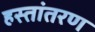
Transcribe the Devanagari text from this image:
हस्‍तांतरण